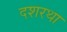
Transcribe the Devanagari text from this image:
दशरथा